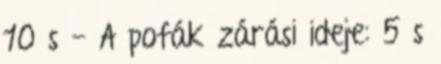
10 s - A pofák zárási ideje: 5 s